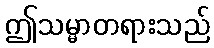
ဤသမ္မာတရားသည်